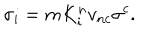
LaTeX: \sigma _ { i } = m K _ { i } ^ { n } v _ { n c } \sigma ^ { c } .